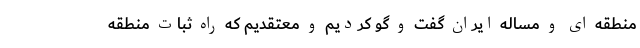
منطقه ای و مساله ایران گفت و گو کردیم و معتقدیم که راه ثبات منطقه